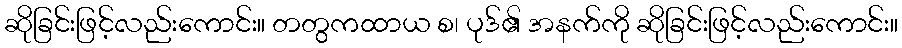
ဆိုခြင်းဖြင့်လည်းကောင်း။ တတွကထာယ စ၊ ပုဒ်၏ အနက်ကို ဆိုခြင်းဖြင့်လည်းကောင်း။